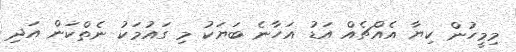
މިމީހުން ކިޔާ އެއްޗެއް އަޑު އަހާނެ ބަޔަކު މި ގައުމަކު ނެތްކަން އަދި